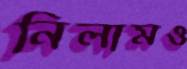
নিলামও